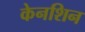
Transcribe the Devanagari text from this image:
केनशिन